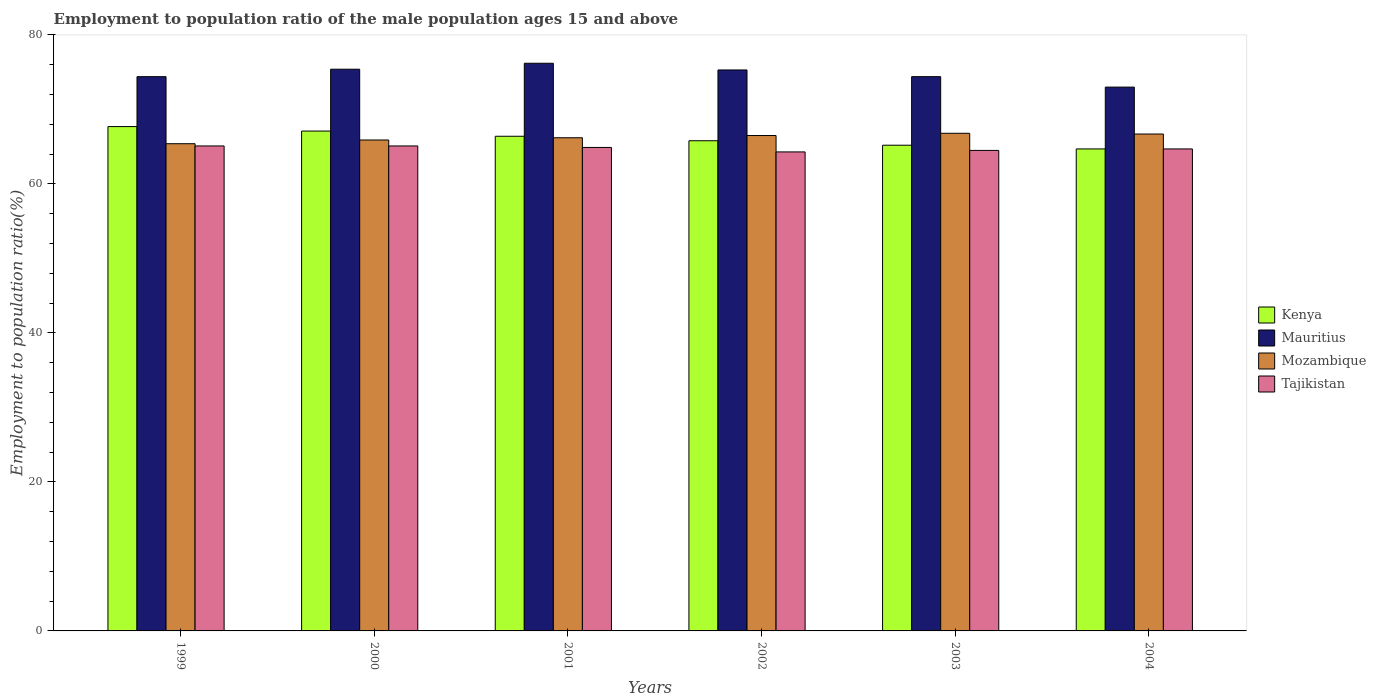
| Years | Kenya | Mauritius | Mozambique | Tajikistan |
 | --- | --- | --- | --- | --- |
 | 1999 | 67.7 | 74.4 | 65.4 | 65.1 |
 | 2000 | 67.1 | 75.4 | 65.9 | 65.1 |
 | 2001 | 66.4 | 76.2 | 66.2 | 64.9 |
 | 2002 | 65.8 | 75.3 | 66.5 | 64.3 |
 | 2003 | 65.2 | 74.4 | 66.8 | 64.5 |
 | 2004 | 64.7 | 73 | 66.7 | 64.7 |